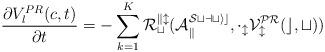
LaTeX: \begin{align*} \frac{\partial V_l^{PR}(c,t)}{\partial t} = - \sum_{k=1}^K \cal R_t^{kl}(A_k^{Static}, \Delta_l V_l^{PR}(c,t)) \end{align*}